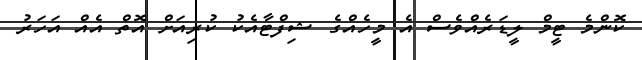
ކޮންމެ ޓީމް ލީޑަރެއްވެސް އެ މީހެއްގެ ޝިފްޓާއެކު ކުރިއަށް އޮތް އެއް އަހަރު